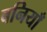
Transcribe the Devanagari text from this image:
बनियाँ